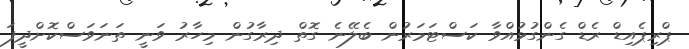
ޕްރިޕެއިޑް ރެޑް ގެންގުޅުއްވާ ކަސްޓަމަރުން ބެލޭނެ ގޮތް ދިރާގުން މިހާރު ވަނީ ތަނަވަސްކޮށްދީފަ